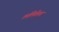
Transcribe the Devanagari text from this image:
ललितेला